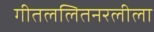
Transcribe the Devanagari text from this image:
गीतललितनरलीला